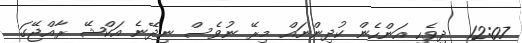
12:07  ދިވެހި އަންހެން ކުދިންނައް މިރޭ ނުވެސް ނިދޭނެ އަކްޝޭ ރާއްޖޭގަ